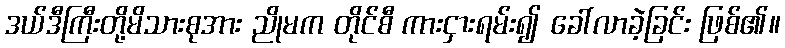
ဒယ်ဒီကြီးတို့မိသားစုအား ညိုမက တိုင်စီ ကားငှားရမ်း၍ ခေါ်လာခဲ့ခြင်း ဖြစ်၏။